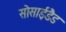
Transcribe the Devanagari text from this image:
सोसाईडैड